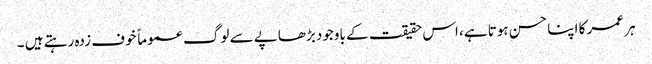
ہر عمر کا اپنا حسن ہوتا ہے، اس حقیقت کے باوجود بڑھاپے سے لوگ عموماً خوف زدہ رہتے ہیں ۔